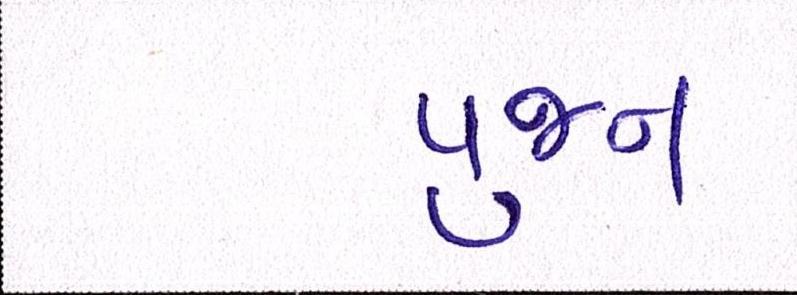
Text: પુજન